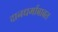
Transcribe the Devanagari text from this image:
दानधर्माबाबत